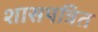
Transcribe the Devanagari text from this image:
शासपत्रित